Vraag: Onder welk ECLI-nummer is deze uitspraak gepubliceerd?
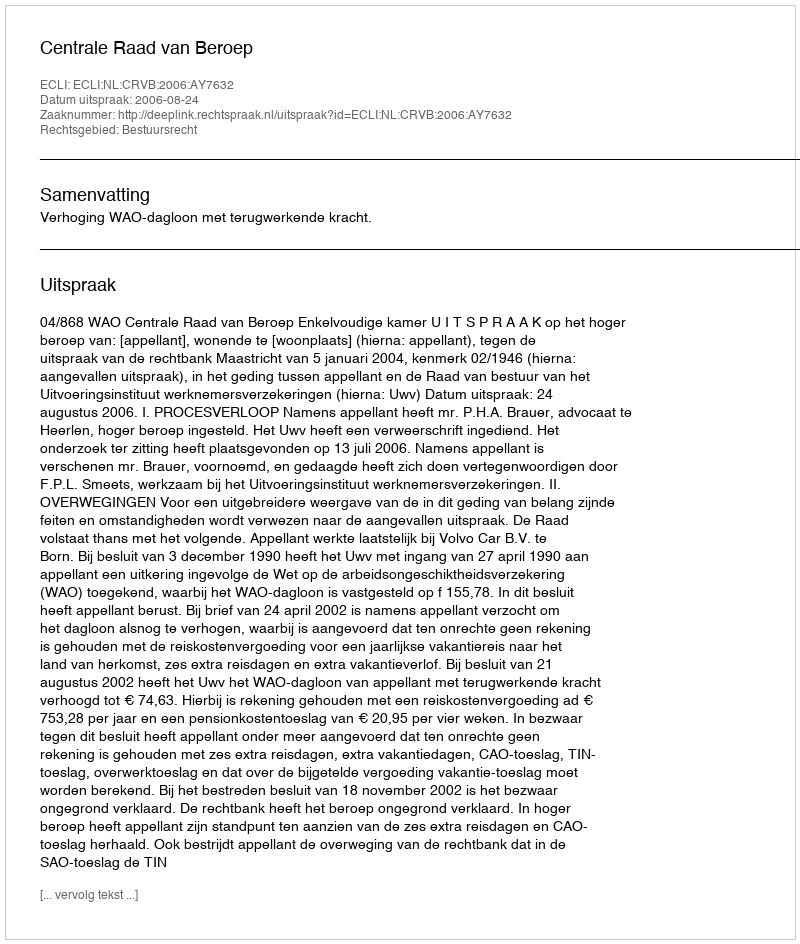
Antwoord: ECLI:NL:CRVB:2006:AY7632